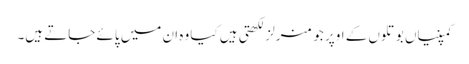
کمپنیاں بوتلوں کے اوپر جو منرلز لکھتی ہیں کیا وہ ان میں پائے جاتے ہیں۔